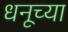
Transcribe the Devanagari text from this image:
धनूच्या